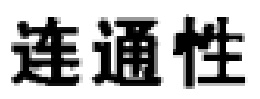
连通性